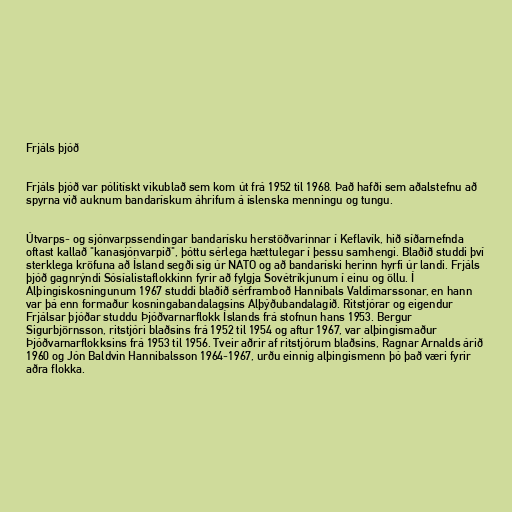
Frjáls þjóð

Frjáls þjóð var pólitískt vikublað sem kom út frá 1952 til 1968. Það hafði sem aðalstefnu að
spyrna við auknum bandarískum áhrifum á íslenska menningu og tungu.

Útvarps- og sjónvarpssendingar bandarísku herstöðvarinnar í Keflavík, hið síðarnefnda
oftast kallað "kanasjónvarpið", þóttu sérlega hættulegar í þessu samhengi. Blaðið studdi því
sterklega kröfuna að Ísland segði sig úr NATO og að bandaríski herinn hyrfi úr landi. Frjáls
þjóð gagnrýndi Sósíalistaflokkinn fyrir að fylgja Sovétríkjunum í einu og öllu. Í
Alþingiskosningunum 1967 studdi blaðið sérframboð Hannibals Valdimarssonar, en hann
var þá enn formaður kosningabandalagsins Alþýðubandalagið. Ritstjórar og eigendur
Frjálsar þjóðar studdu Þjóðvarnarflokk Íslands frá stofnun hans 1953. Bergur
Sigurbjörnsson, ritstjóri blaðsins frá 1952 til 1954 og aftur 1967, var alþingismaður
Þjóðvarnarflokksins frá 1953 til 1956. Tveir aðrir af ritstjórum blaðsins, Ragnar Arnalds árið
1960 og Jón Baldvin Hannibalsson 1964-1967, urðu einnig alþingismenn þó það væri fyrir
aðra flokka.